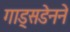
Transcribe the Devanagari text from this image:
गाड्सडेनने